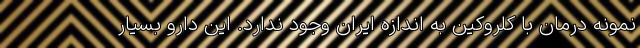
نمونه درمان با کلروکین به اندازه ایران وجود ندارد. این دارو بسیار